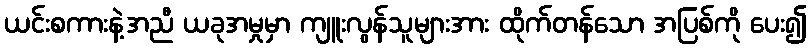
ယင်းစကားနဲ့အညီ ယခုအမှုမှာ ကျူးလွန်သူများအား ထိုက်တန်သော အပြစ်ကို ပေး၍